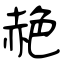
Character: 赩